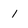
Character: 1